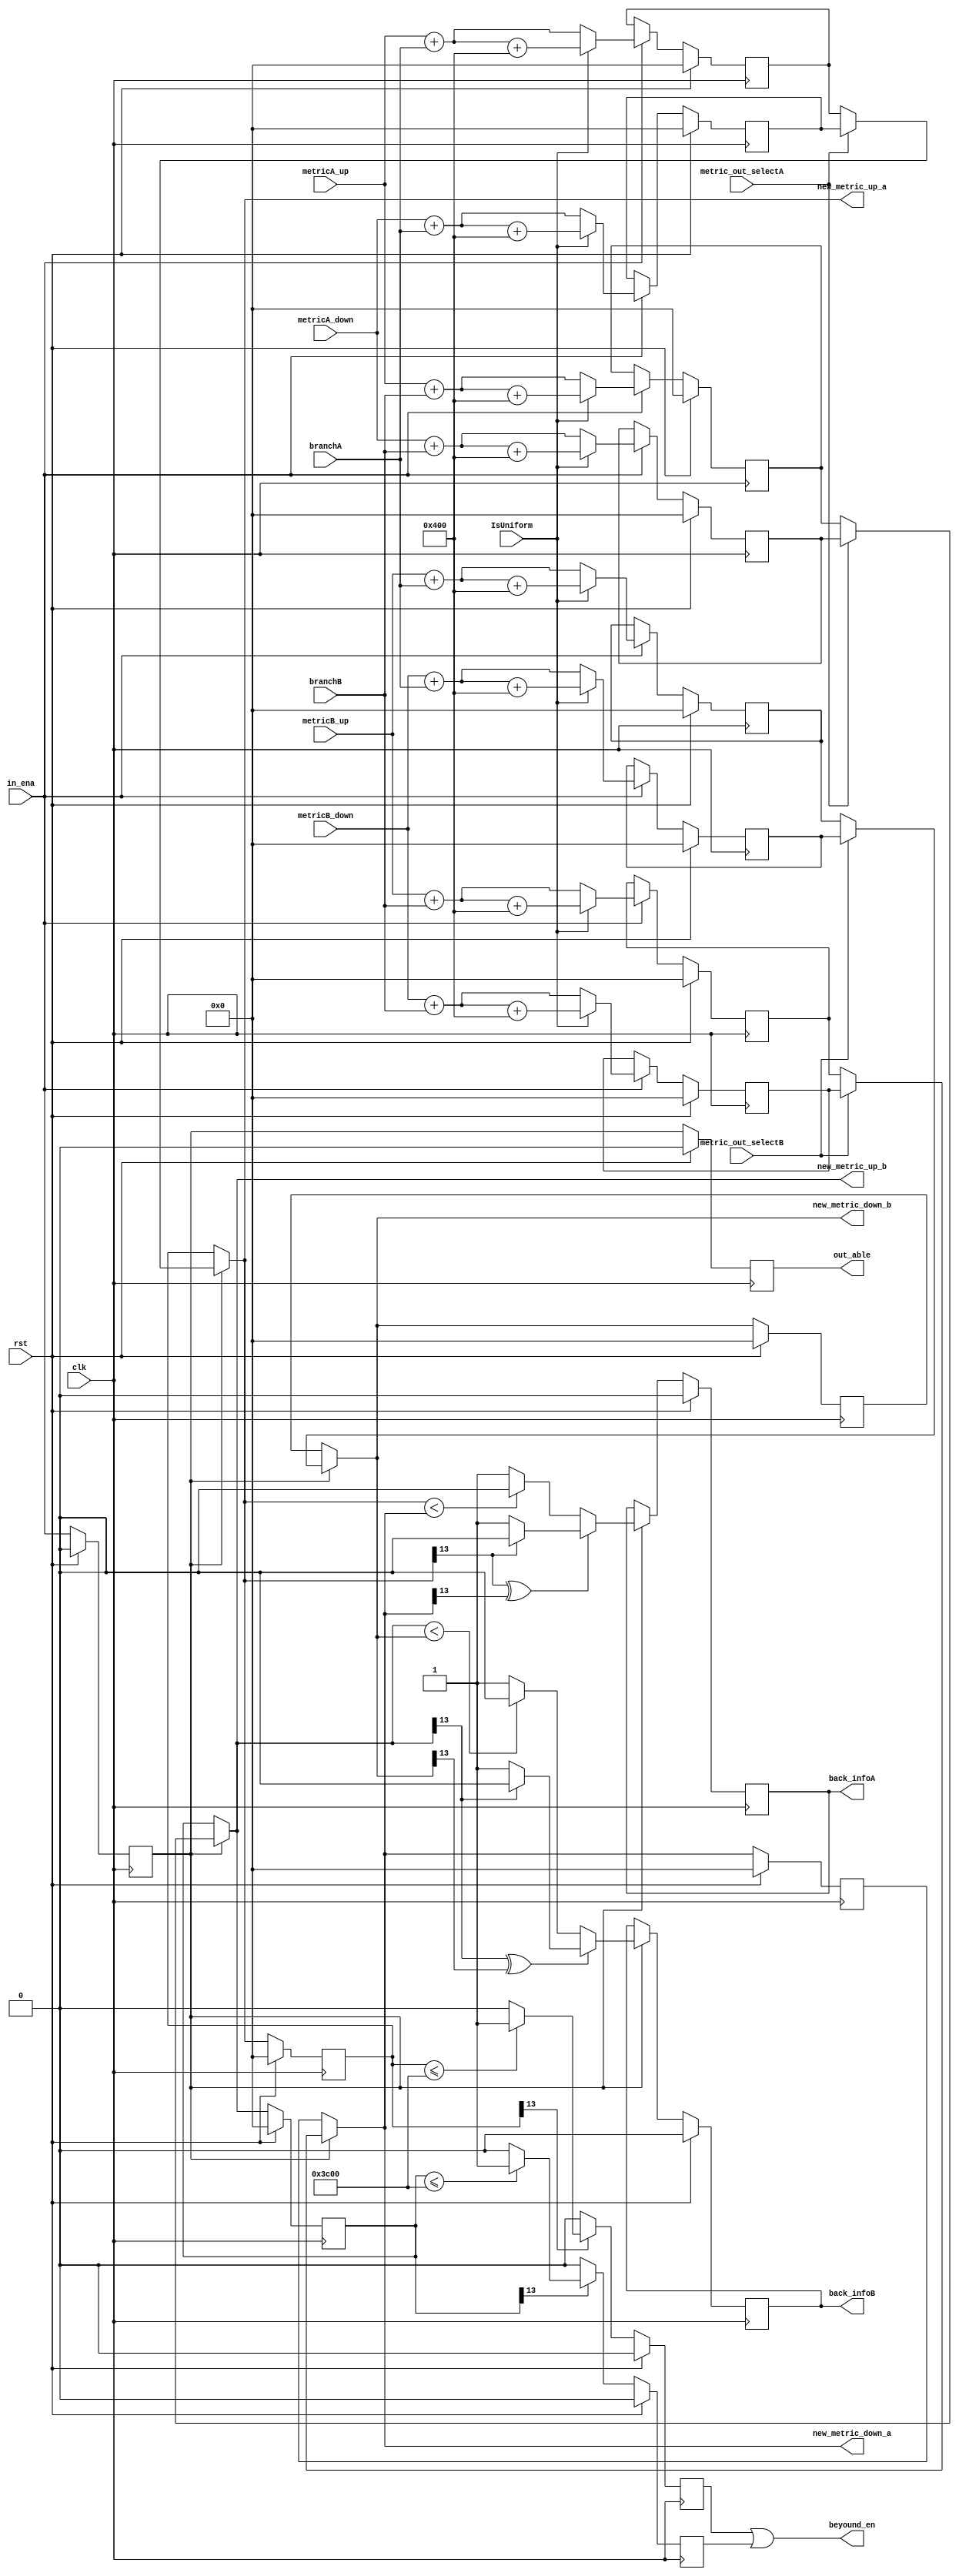
`define Metric_WIDTH 14
`define NORMAL       1024

module viterbi_add_select(
    clk,
    rst,
    branchA,
    branchB,
    metricA_up,          //
    metricA_down,       //
    metricB_up,
    metricB_down,
    in_ena,
    IsUniform,
    new_metric_up_a,     //84
    new_metric_down_a,
    new_metric_up_b,  
    new_metric_down_b,
    metric_out_selectA, //84
    metric_out_selectB,
    back_infoA,         //
    back_infoB,         
    out_able,           //
    beyound_en          //
);

input                                            clk;
input                                            rst;
input            [`Metric_WIDTH-1:0]             branchA;
input            [`Metric_WIDTH-1:0]             branchB;
input            [`Metric_WIDTH-1:0]             metricA_up;        
input            [`Metric_WIDTH-1:0]             metricA_down;      
input            [`Metric_WIDTH-1:0]             metricB_up;
input            [`Metric_WIDTH-1:0]             metricB_down;
input                                            in_ena;
input                                            IsUniform;
input                                            metric_out_selectA; //84
input                                            metric_out_selectB; //01

output    wire   [`Metric_WIDTH-1:0]             new_metric_up_a;   
output    wire   [`Metric_WIDTH-1:0]             new_metric_down_a;
output    wire   [`Metric_WIDTH-1:0]             new_metric_up_b;  
output    wire   [`Metric_WIDTH-1:0]             new_metric_down_b;
output    reg                                    back_infoA     ;       
output    reg                                    back_infoB     ;       
output    reg                                    out_able       ;          
output                                           beyound_en     ;       


reg             [`Metric_WIDTH-1:0]              up_metric_up_a;
reg             [`Metric_WIDTH-1:0]              up_metric_down_a;
reg             [`Metric_WIDTH-1:0]              up_metric_up_b;
reg             [`Metric_WIDTH-1:0]              up_metric_down_b;

reg             [`Metric_WIDTH-1:0]              down_metric_up_a;
reg             [`Metric_WIDTH-1:0]              down_metric_down_a;
reg             [`Metric_WIDTH-1:0]              down_metric_up_b;
reg             [`Metric_WIDTH-1:0]              down_metric_down_b;

reg             [`Metric_WIDTH-1:0]              reg_new_metric_up_a   ;   
reg             [`Metric_WIDTH-1:0]              reg_new_metric_down_a ;
reg             [`Metric_WIDTH-1:0]              reg_new_metric_up_b   ;  
reg             [`Metric_WIDTH-1:0]              reg_new_metric_down_b ;

//wire                                             metric_out_selectA; //84
//wire                                             metric_out_selectB; //01

reg             [`Metric_WIDTH-1:0]              metric_newA;
reg             [`Metric_WIDTH-1:0]              metric_newB;
reg                                              select_en;
reg                                              compareA;
reg                                              compareB;

/************************************************/
/*
    
    8
*/

always@(posedge clk)begin
    if(rst)begin
        up_metric_up_a      <=   `Metric_WIDTH 'd0 ;
        up_metric_down_a    <=   `Metric_WIDTH 'd0 ;
        up_metric_up_b      <=   `Metric_WIDTH 'd0 ;
        up_metric_down_b    <=   `Metric_WIDTH 'd0 ;
        down_metric_up_a    <=   `Metric_WIDTH 'd0 ;
        down_metric_down_a  <=   `Metric_WIDTH 'd0 ;
        down_metric_up_b    <=   `Metric_WIDTH 'd0 ;
        down_metric_down_b  <=   `Metric_WIDTH 'd0 ; 
    end
    else if(in_ena)begin
        if(~IsUniform)begin
            up_metric_up_a          <=  metricA_up + branchA;
            up_metric_down_a        <=  metricB_up + branchB;
            up_metric_up_b          <=  metricA_up + branchB;
            up_metric_down_b        <=  metricB_up + branchA;
            
            down_metric_up_a        <=  metricA_down + branchA;
            down_metric_down_a      <=  metricB_down + branchB;
            down_metric_up_b        <=  metricA_down + branchB;
            down_metric_down_b      <=  metricB_down + branchA;
 
        end
        else begin
            up_metric_up_a          <=  metricA_up + branchA   +`Metric_WIDTH'd`NORMAL ;
            up_metric_down_a        <=  metricB_up + branchB   +`Metric_WIDTH'd`NORMAL ;
            up_metric_up_b          <=  metricA_up + branchB   +`Metric_WIDTH'd`NORMAL ;
            up_metric_down_b        <=  metricB_up + branchA   +`Metric_WIDTH'd`NORMAL ;
                                                               
            down_metric_up_a        <=  metricA_down + branchA +`Metric_WIDTH'd`NORMAL ;
            down_metric_down_a      <=  metricB_down + branchB +`Metric_WIDTH'd`NORMAL ;
            down_metric_up_b        <=  metricA_down + branchB +`Metric_WIDTH'd`NORMAL ;
            down_metric_down_b      <=  metricB_down + branchA +`Metric_WIDTH'd`NORMAL ;   
        end
    end
end

/********************************************************/
//assign  metric_out_selectA     =      back_infoA; 
//assign  metric_out_selectB     =      back_infoB;

assign  new_metric_up_a        = select_en ? ((metric_out_selectA == 1'd0) ? up_metric_up_a   : down_metric_up_a  ) :reg_new_metric_up_a  ;   
assign  new_metric_down_a      = select_en ? ((metric_out_selectB == 1'd0) ? up_metric_down_a : down_metric_down_a) :reg_new_metric_down_a;
assign  new_metric_up_b        = select_en ? ((metric_out_selectA == 1'd0) ? up_metric_up_b   : down_metric_up_b  ) :reg_new_metric_up_b  ;
assign  new_metric_down_b      = select_en ? ((metric_out_selectB == 1'd0) ? up_metric_down_b : down_metric_down_b) :reg_new_metric_down_b;

always@(posedge clk)begin
    if(rst)begin
        reg_new_metric_up_a    <= 'd0;
        reg_new_metric_down_a  <= 'd0;
        reg_new_metric_up_b    <= 'd0;
        reg_new_metric_down_b  <= 'd0;
    end
    
    else if(select_en)begin
        if(metric_out_selectA == 1'd0)begin
            reg_new_metric_up_a <= up_metric_up_a;
            reg_new_metric_up_b <= up_metric_up_b;
        end
        else begin
            reg_new_metric_up_a <= down_metric_up_a;
            reg_new_metric_up_b <= down_metric_up_b;
        end
        if(metric_out_selectB == 1'd0)begin
            reg_new_metric_down_a <= up_metric_down_a;
            reg_new_metric_down_b <= up_metric_down_b;
        end
        else begin
            reg_new_metric_down_a <= down_metric_down_a; 
            reg_new_metric_down_b <= down_metric_down_b;
        end
    end    
end

/*****************************************************************/
/*
    
    
    
*/

/*************************/
always@(posedge clk)begin
    if(rst)
        select_en <= 1'd0;
    else
        select_en <= in_ena;
end

/*****************************/
always@(posedge clk)begin
    if(rst)
        out_able <= 1'd0;
    else
        out_able <= select_en;
end
/*
//metric
always@(posedge clk)begin
    if(rst)
        metric_newA <= `Metric_WIDTH'd0;
	else if(select_en)begin
		if( new_metric_up_a[`Metric_WIDTH-1]^new_metric_down_a[`Metric_WIDTH-1] == 1'd1)begin
			if(new_metric_up_a[`Metric_WIDTH-1] == 1'd1)
				metric_newA <= new_metric_up_a;
			else
				metric_newA <= new_metric_down_a;
		end
		else if(new_metric_up_a < new_metric_down_a)
			metric_newA <= new_metric_up_a;
		else
			metric_newA <= new_metric_down_a;
	end
end

always@(posedge clk)begin
    if(rst)
        metric_newB <= `Metric_WIDTH'd0;
	else if(select_en)begin
		if( new_metric_up_b[`Metric_WIDTH-1]^new_metric_down_b[`Metric_WIDTH-1] == 1'd1)begin
			if(new_metric_up_b[`Metric_WIDTH-1] == 1'd1)
				metric_newB <= new_metric_up_b;
			else
				metric_newB <= new_metric_down_b;
		end
		else if(new_metric_up_b < new_metric_down_b)
			metric_newB <= new_metric_up_b;
		else
			metric_newB <= new_metric_down_b;
	end
end
*/

//back info
always@(posedge clk)begin
    if(rst)
        back_infoA <= 1'd0;
	else if(select_en)begin
		if( new_metric_up_a[`Metric_WIDTH-1]^new_metric_down_a[`Metric_WIDTH-1] == 1'd1)begin
			if(new_metric_up_a[`Metric_WIDTH-1] == 1'd1)
				back_infoA <= 1'd0;
			else
				back_infoA <= 1'd1;
		end
		else if(new_metric_up_a < new_metric_down_a)
			back_infoA <= 1'd0;
		else
			back_infoA <= 1'd1;
	end
end

always@(posedge clk)begin
    if(rst)
        back_infoB <= 1'd0;
	else if(select_en)begin
		if( new_metric_up_b[`Metric_WIDTH-1]^new_metric_down_b[`Metric_WIDTH-1] == 1'd1)begin
			if(new_metric_up_b[`Metric_WIDTH-1] == 1'd1)
				back_infoB <= 1'd0;
			else
				back_infoB <= 1'd1;
		end
		else if(new_metric_up_b < new_metric_down_b)
			back_infoB <= 1'd0;
		else
			back_infoB <= 1'd1;
	end
end


assign  beyound_en= compareA|compareB;
always@(posedge clk)begin
    if(rst)
        compareA <= 1'b0;
    else if(reg_new_metric_up_a[`Metric_WIDTH-1] == 1'b0)
        compareA <= 1'b0;
    else if(reg_new_metric_up_a <= -`Metric_WIDTH 'd`NORMAL)
        compareA <= 1'b1;
    else 
        compareA <= 1'b0;
end

always@(posedge clk)begin
    if(rst)
        compareB <= 1'b0;
    else if(reg_new_metric_up_b[`Metric_WIDTH-1] == 1'b0)
        compareB <= 1'b0;
    else if(reg_new_metric_up_b <= -`Metric_WIDTH 'd`NORMAL)
        compareB <= 1'b1;
    else 
        compareB <= 1'b0;
end



endmodule